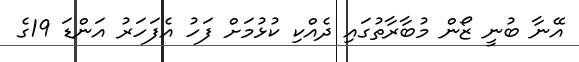
އޭނާ ބުނީ ޒޯން މުބާރާތުގައި ދެއްކި ކުޅުމަށް ފަހު އެފަހަރު އަންޑަ 19ގެ